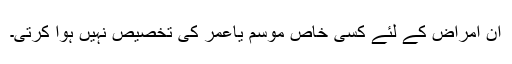
ان امراض کے لئے کسی خاص موسم یاعمر کی تخصیص نہیں ہوا کرتی۔